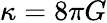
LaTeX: \kappa=8\pi G